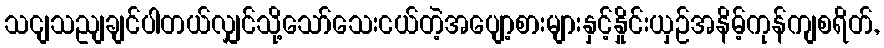
သငျသညျချင်ပါတယ်လျှင်သို့သော်သေးငယ်တဲ့အပျော့စားများနှင့်နှိုင်းယှဉ်အနိမ့်ကုန်ကျစရိတ်,